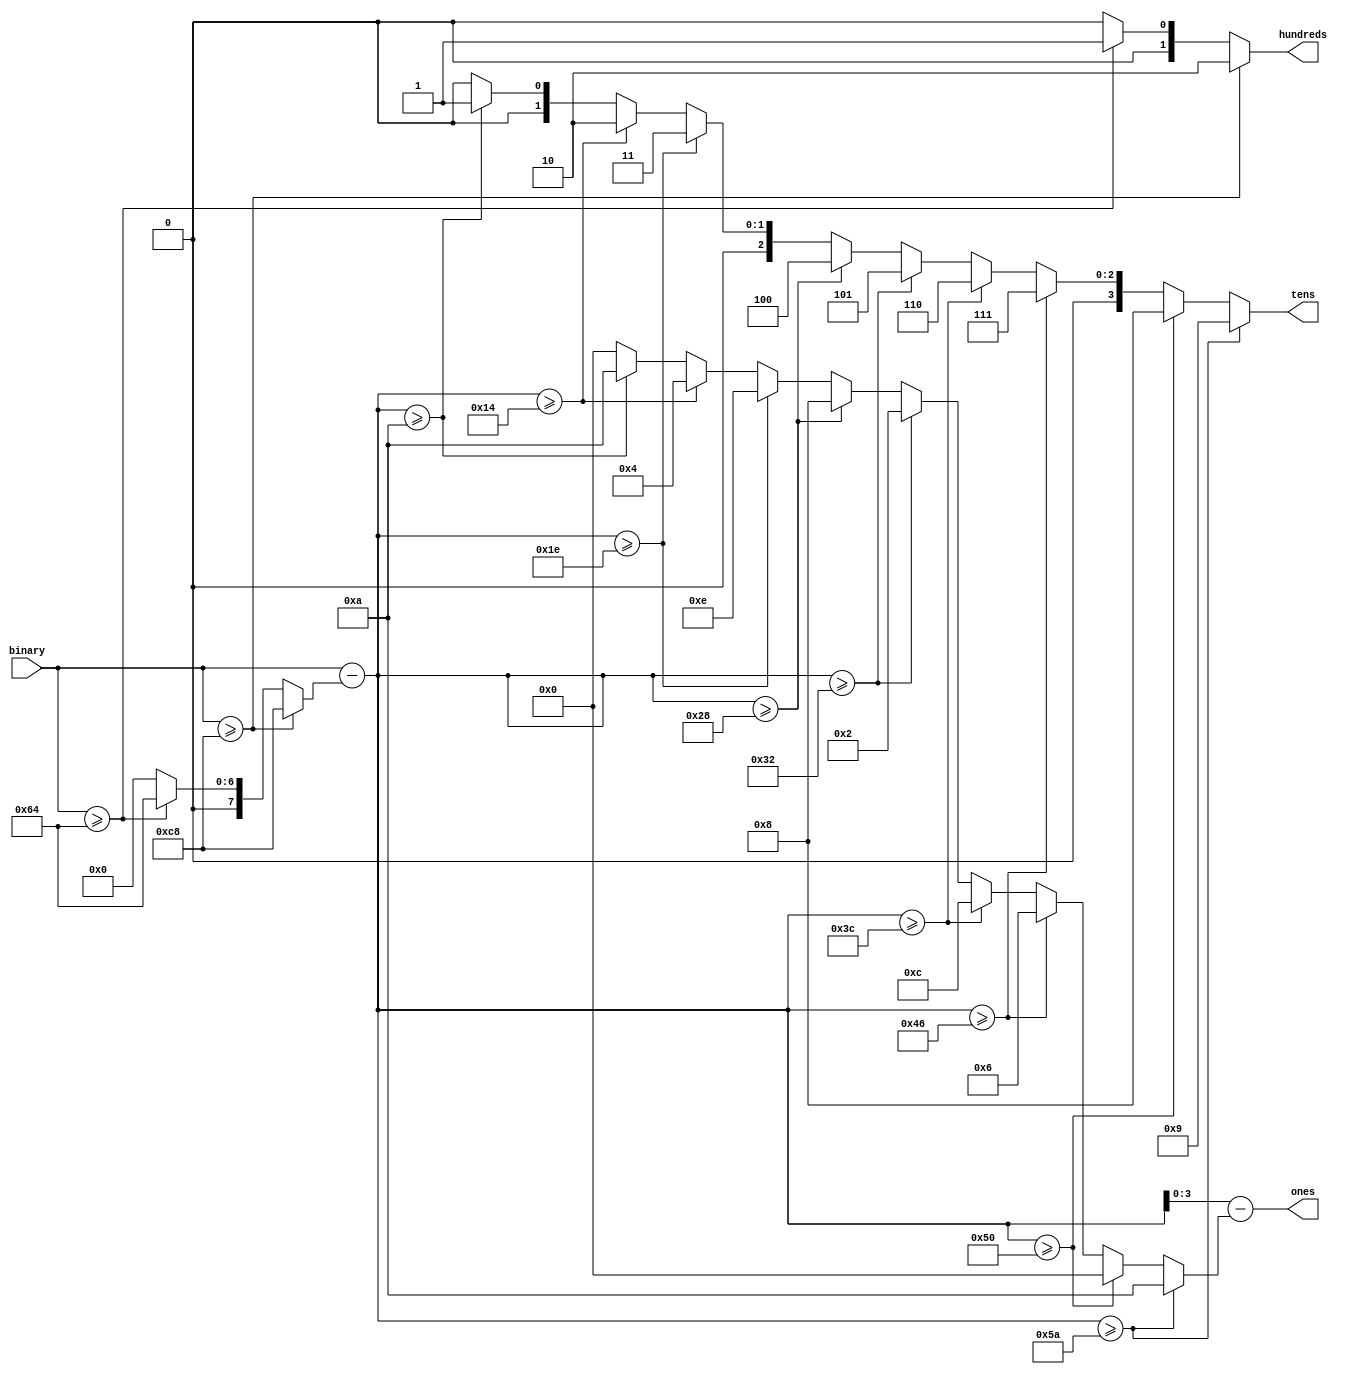
`timescale 1ns / 1ps

module bcd_encoder(
	input[7:0] binary,
	output[1:0] hundreds,
	output[3:0] tens,
	output[3:0] ones
);

//Generate the hundreds value:
wire[7:0] hundreds_value;
assign hundreds_value = binary >= 8'd200 ? 8'd200 :
								binary >= 8'd100 ? 8'd100 : 8'd0;

assign hundreds = binary >= 8'd200 ? 2'd2 :
						binary >= 8'd100 ? 2'd1 : 2'd0;

//Generate the tens value:
wire[6:0] tens_value;
assign tens_value = binary-hundreds_value >= 7'd90 ? 7'd90 :
						  binary-hundreds_value >= 7'd80 ? 7'd80 :
						  binary-hundreds_value >= 7'd70 ? 7'd70 :
						  binary-hundreds_value >= 7'd60 ? 7'd60 :
						  binary-hundreds_value >= 7'd50 ? 7'd50 :
						  binary-hundreds_value >= 7'd40 ? 7'd40 :
						  binary-hundreds_value >= 7'd30 ? 7'd30 :
						  binary-hundreds_value >= 7'd20 ? 7'd20 :
						  binary-hundreds_value >= 7'd10 ? 7'd10 : 7'd0;

assign tens = binary-hundreds_value >= 7'd90 ? 4'd9 :
				  binary-hundreds_value >= 7'd80 ? 4'd8 :
				  binary-hundreds_value >= 7'd70 ? 4'd7 :
				  binary-hundreds_value >= 7'd60 ? 4'd6 :
				  binary-hundreds_value >= 7'd50 ? 4'd5 :
				  binary-hundreds_value >= 7'd40 ? 4'd4 :
				  binary-hundreds_value >= 7'd30 ? 4'd3 :
				  binary-hundreds_value >= 7'd20 ? 4'd2 :
				  binary-hundreds_value >= 7'd10 ? 4'd1 : 4'd0;

//Generate the ones value:
wire[7:0] ones_value = binary-hundreds_value-tens_value;
assign ones = ones_value[3:0];
endmodule